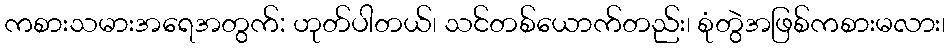
ကစားသမားအရေအတွက်: ဟုတ်ပါတယ်၊ သင်တစ်ယောက်တည်း၊ စုံတွဲအဖြစ်ကစားမလား၊